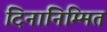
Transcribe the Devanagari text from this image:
दिनानिम्मित